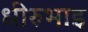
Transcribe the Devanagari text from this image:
धीरुभाइ